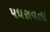
પધરાવતા